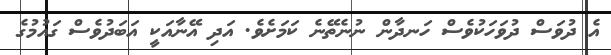
އެ ދުވަސް ދުވަހަކުވެސް ހަނދާން ނުނެތޭނެ ކަމަށެވެ. އަދި އޭނާއަކީ އަބަދުވެސް ގައުމުގެ